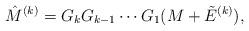
LaTeX: \begin{align*}\hat M^{(k)} = G_k G_{k-1}\cdots G_1(M+\tilde E^{(k)}),\end{align*}